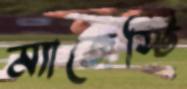
ম্যাজেস্টি